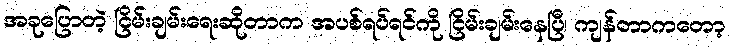
အခုပြောတဲ့ ငြိမ်းချမ်းရေးဆိုတာက အပစ်ရပ်ရင်ကို ငြိမ်းချမ်းနေပြီ၊ ကျန်တာကတော့